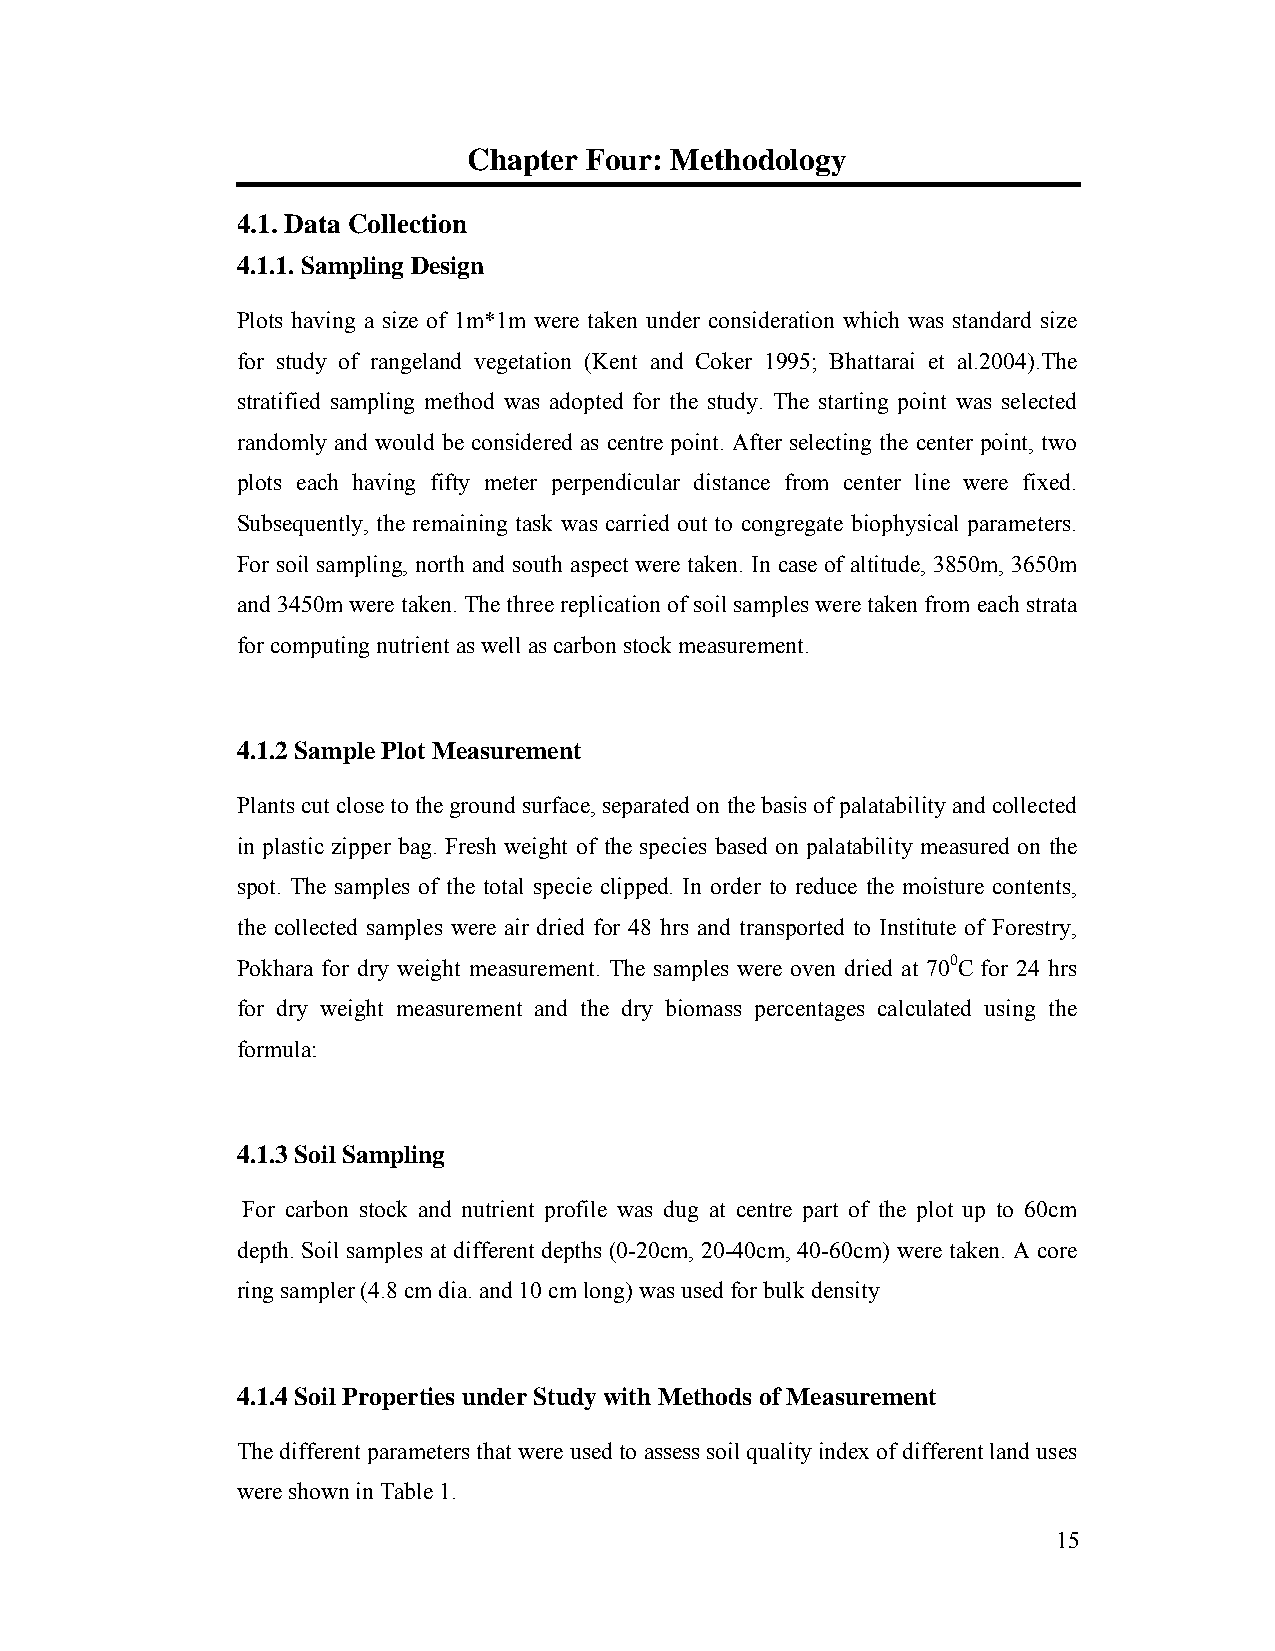
Chapter Four: Methodology
 4.1. Data Collection
 4.1.1. Sampling Design
 Plots having a size of 1m*1m were taken under consideration which was standard size
 for study of rangeland vegetation (Kent and Coker 1995; Bhattarai et al.2004).The
 stratified sampling method was adopted for the study. The starting point was selected
 randomly and would be considered as centre point. After selecting the center point, two
 plots each having fifty meter perpendicular distance from center line were fixed.
 Subsequently, the remaining task was carried out to congregate biophysical parameters.
 For soil sampling, north and south aspect were taken. In case of altitude, 3850m, 3650m
 and 3450m were taken. The three replication of soil samples were taken from each strata
 for computing nutrient as well as carbon stock measurement.
 4.1.2 Sample Plot Measurement
 Plants cut close to the ground surface, separated on the basis of palatability and collected
 in plastic zipper bag. Fresh weight of the species based on palatability measured on the
 spot. The samples of the total specie clipped. In order to reduce the moisture contents,
 the collected samples were air dried for 48 hrs and transported to Institute of Forestry,
 Pokhara for dry weight measurement. The samples were oven dried at 700C for 24 hrs
 for dry weight measurement and the dry biomass percentages calculated using the
 formula:
 4.1.3 Soil Sampling
 For carbon stock and nutrient profile was dug at centre part of the plot up to 60cm
 depth. Soil samples at different depths (0-20cm, 20-40cm, 40-60cm) were taken. A core
 ring sampler (4.8 cm dia. and 10 cm long) was used for bulk density
 4.1.4 Soil Properties under Study with Methods of Measurement
 The different parameters that were used to assess soil quality index of different land uses
 were shown in Table 1.
 15